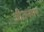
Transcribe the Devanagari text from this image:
जीतनगर